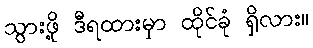
သွားဖို့ ဒီရထားမှာ ထိုင်ခုံ ရှိလား။